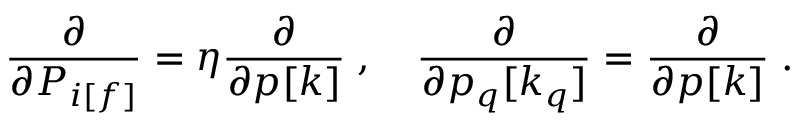
\frac { \partial } { \partial P _ { i [ f ] } } = \eta \frac { \partial } { \partial p [ k ] } \; , \quad \frac { \partial } { \partial p _ { q } [ k _ { q } ] } = \frac { \partial } { \partial p [ k ] } \; .